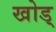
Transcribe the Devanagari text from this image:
खोड्